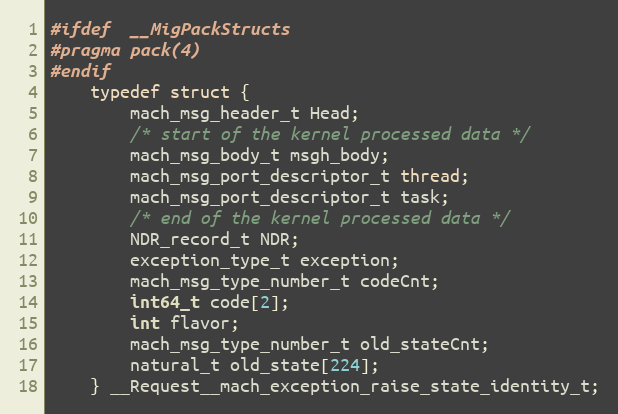
Language: C
#ifdef  __MigPackStructs
#pragma pack(4)
#endif
	typedef struct {
		mach_msg_header_t Head;
		/* start of the kernel processed data */
		mach_msg_body_t msgh_body;
		mach_msg_port_descriptor_t thread;
		mach_msg_port_descriptor_t task;
		/* end of the kernel processed data */
		NDR_record_t NDR;
		exception_type_t exception;
		mach_msg_type_number_t codeCnt;
		int64_t code[2];
		int flavor;
		mach_msg_type_number_t old_stateCnt;
		natural_t old_state[224];
	} __Request__mach_exception_raise_state_identity_t;